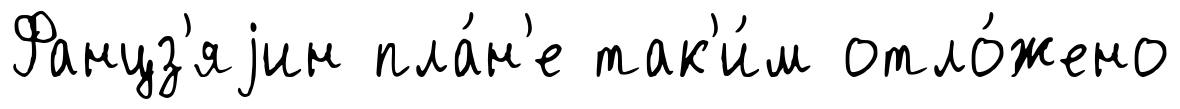
Фанцз'яjин пла́н'е так'и́м отло́жено